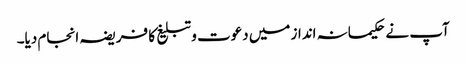
آپ نے حکیمانہ انداز میں دعوت و تبلیغ کا فریضہ انجام دیا۔